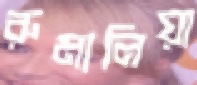
রুমালিয়া